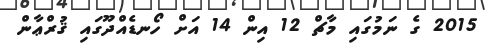
2015 ގެ ނަމުގައި މާޗް 12 އިން 14 އަށް ހޯނޑެއްދޫގައި ޤުރްޢާން